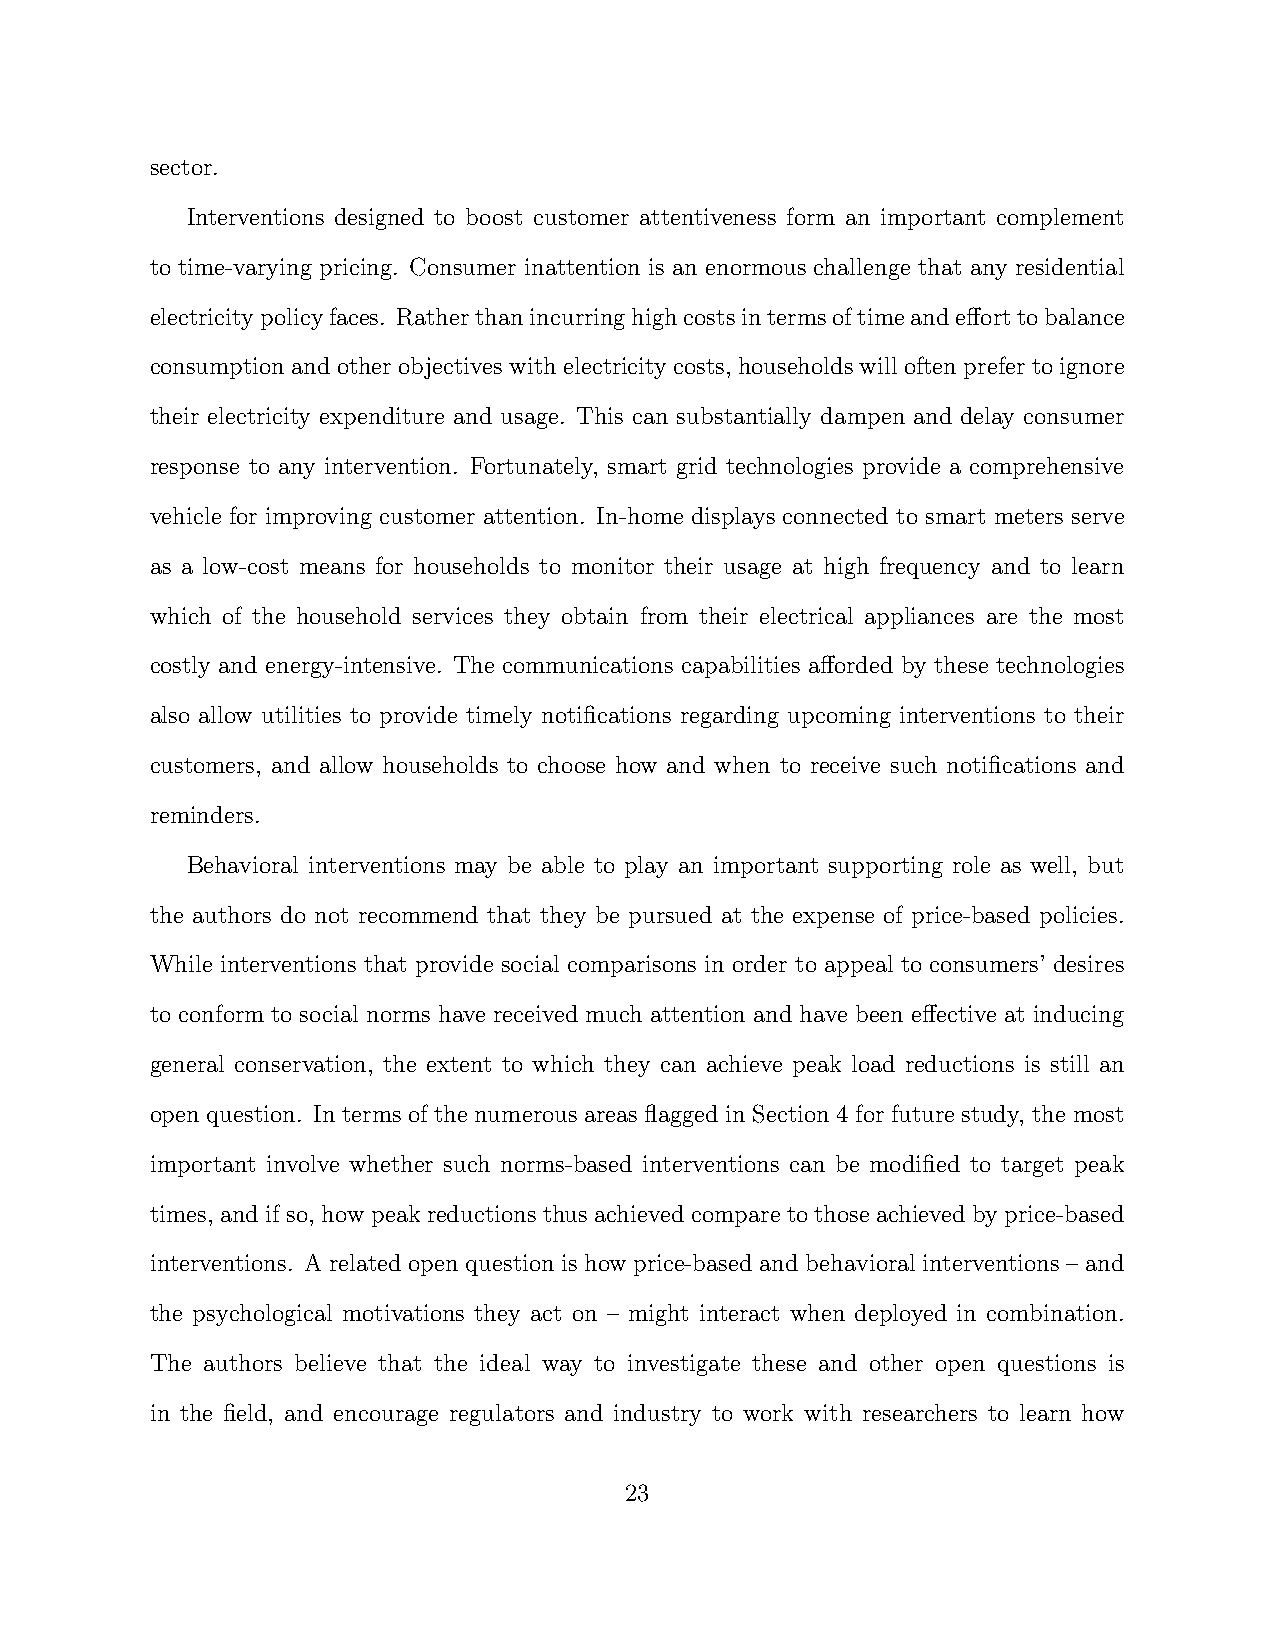
sector.
 Interventions designed to boost customer attentiveness form an important complement
 to time-varying pricing. Consumer inattention is an enormous challenge that any residential
 electricitypolicyfaces. Ratherthanincurringhighcostsintermsoftimeandefforttobalance
 consumptionandotherobjectiveswithelectricitycosts, householdswilloftenprefertoignore
 their electricity expenditure and usage. This can substantially dampen and delay consumer
 response to any intervention. Fortunately, smart grid technologies provide a comprehensive
 vehicle for improving customer attention. In-home displays connected to smart meters serve
 as a low-cost means for households to monitor their usage at high frequency and to learn
 which of the household services they obtain from their electrical appliances are the most
 costly and energy-intensive. The communications capabilities afforded by these technologies
 also allow utilities to provide timely notifications regarding upcoming interventions to their
 customers, and allow households to choose how and when to receive such notifications and
 reminders.
 Behavioral interventions may be able to play an important supporting role as well, but
 the authors do not recommend that they be pursued at the expense of price-based policies.
 While interventions that provide social comparisons in order to appeal to consumers’ desires
 to conform to social norms have received much attention and have been effective at inducing
 general conservation, the extent to which they can achieve peak load reductions is still an
 open question. In terms of the numerous areas flagged in Section 4 for future study, the most
 important involve whether such norms-based interventions can be modified to target peak
 times, and if so, how peak reductions thus achieved compare to those achieved by price-based
 interventions. A related open question is how price-based and behavioral interventions – and
 the psychological motivations they act on – might interact when deployed in combination.
 The authors believe that the ideal way to investigate these and other open questions is
 in the field, and encourage regulators and industry to work with researchers to learn how
 23